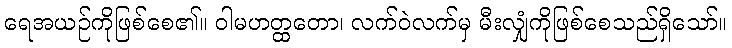
ရေအယဉ်ကိုဖြစ်စေ၏။ ဝါမဟတ္ထတော၊ လက်ဝဲလက်မှ မီးလျှံကိုဖြစ်စေသည်ရှိသော်။